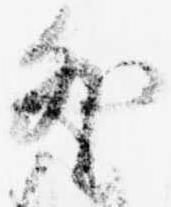
外